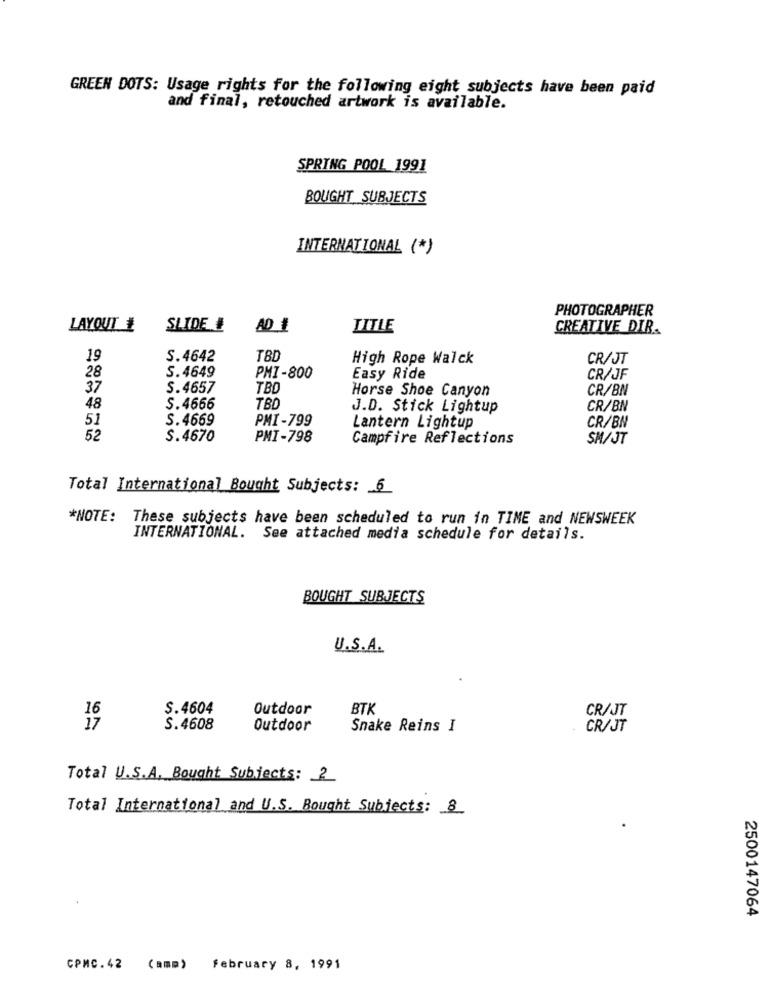
GREEN DOTS: Usage rights for the following eight subjects have been paid
and final, retouched artwork is available.
SPRING POOL 1991
BOUGHT SUBJECTS
INTERNATIONAL (*)
PHOTOGRAPHER
LAYOUT ₺
SLIDE #
TITLE
CREATIVE DIR.
19
S.4642
High Rope Walck
CR/JT
28
S.4649
PMI-800
Easy Ride
CR/JF
37
S.4657
TBD
Horse Shoe Canyon
CR/BN
48
S.4666
TBD
J.D. Stick Lightup
CR/BN
51
S.4669
PMI-799
CR/BN
Lantern Lightup
52
S.4670
PMI-798
Campfire Reflections
SM/JT
Total International Bought Subjects: 6
*NOTE: These subjects have been scheduled to run in TIME and NEWSWEEK
INTERNATIONAL. See attached media schedule for details.
BOUGHT SUBJECTS
U.S.A.
S.4604
Outdoor
BTK
CR/JT
16
17
S.4608
Outdoor
Snake Reins I
CR/JT
Total U.S.A. Bought Subjects: 2
Total International and U.S. Bought Subjects: 8
2500147064
CPMC. 42 (amm) february 8, 1991